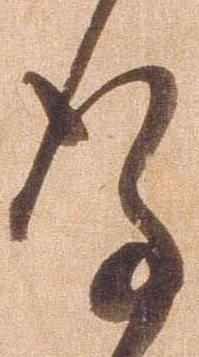
謹